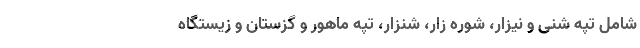
شامل تپه شنی و نیزار، شوره زار، شنزار، تپه ماهور و گزستان و زیستگاه